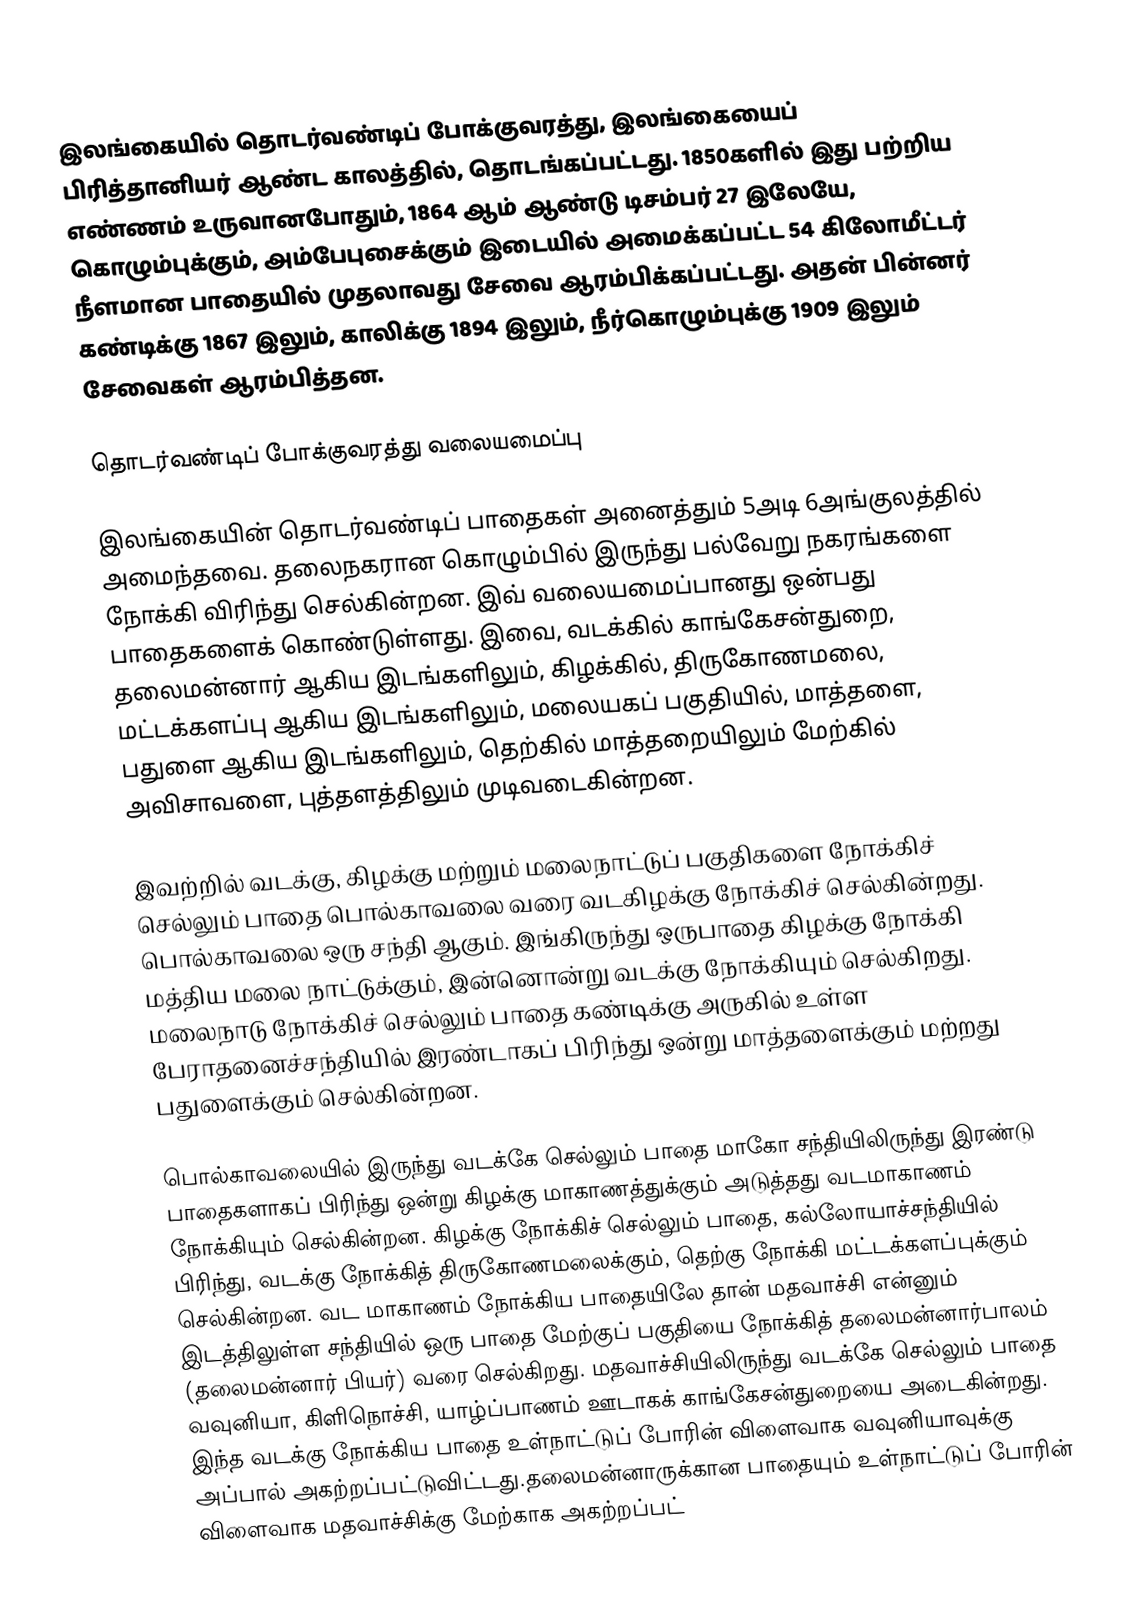
இலங்கையில் தொடர்வண்டிப் போக்குவரத்து, இலங்கையைப் பிரித்தானியர் ஆண்ட காலத்தில், தொடங்கப்பட்டது. 1850களில் இது பற்றிய எண்ணம் உருவானபோதும், 1864 ஆம் ஆண்டு டிசம்பர் 27 இலேயே, கொழும்புக்கும், அம்பேபுசைக்கும் இடையில் அமைக்கப்பட்ட 54 கிலோமீட்டர் நீளமான பாதையில் முதலாவது சேவை ஆரம்பிக்கப்பட்டது. அதன் பின்னர் கண்டிக்கு 1867 இலும், காலிக்கு 1894 இலும், நீர்கொழும்புக்கு 1909 இலும் சேவைகள் ஆரம்பித்தன.

தொடர்வண்டிப் போக்குவரத்து வலையமைப்பு

இலங்கையின் தொடர்வண்டிப் பாதைகள் அனைத்தும் 5அடி 6அங்குலத்தில் அமைந்தவை. தலைநகரான கொழும்பில் இருந்து பல்வேறு நகரங்களை நோக்கி விரிந்து செல்கின்றன. இவ் வலையமைப்பானது ஒன்பது பாதைகளைக் கொண்டுள்ளது. இவை, வடக்கில் காங்கேசன்துறை, தலைமன்னார் ஆகிய இடங்களிலும், கிழக்கில், திருகோணமலை, மட்டக்களப்பு ஆகிய இடங்களிலும், மலையகப் பகுதியில், மாத்தளை, பதுளை ஆகிய இடங்களிலும், தெற்கில் மாத்தறையிலும் மேற்கில் அவிசாவளை, புத்தளத்திலும் முடிவடைகின்றன.

இவற்றில் வடக்கு, கிழக்கு மற்றும் மலைநாட்டுப் பகுதிகளை நோக்கிச் செல்லும் பாதை பொல்காவலை வரை வடகிழக்கு நோக்கிச் செல்கின்றது. பொல்காவலை ஒரு சந்தி ஆகும். இங்கிருந்து ஒருபாதை கிழக்கு நோக்கி மத்திய மலை நாட்டுக்கும், இன்னொன்று வடக்கு நோக்கியும் செல்கிறது. மலைநாடு நோக்கிச் செல்லும் பாதை கண்டிக்கு அருகில் உள்ள பேராதனைச்சந்தியில்  இரண்டாகப் பிரிந்து ஒன்று மாத்தளைக்கும் மற்றது பதுளைக்கும் செல்கின்றன.

பொல்காவலையில் இருந்து வடக்கே செல்லும் பாதை மாகோ சந்தியிலிருந்து இரண்டு பாதைகளாகப் பிரிந்து ஒன்று கிழக்கு மாகாணத்துக்கும் அடுத்தது வடமாகாணம் நோக்கியும் செல்கின்றன. கிழக்கு நோக்கிச் செல்லும் பாதை, கல்லோயாச்சந்தியில் பிரிந்து, வடக்கு நோக்கித் திருகோணமலைக்கும், தெற்கு நோக்கி மட்டக்களப்புக்கும் செல்கின்றன. வட மாகாணம் நோக்கிய பாதையிலே தான் மதவாச்சி என்னும் இடத்திலுள்ள சந்தியில் ஒரு பாதை மேற்குப் பகுதியை நோக்கித் தலைமன்னார்பாலம் (தலைமன்னார் பியர்) வரை செல்கிறது. மதவாச்சியிலிருந்து வடக்கே செல்லும் பாதை வவுனியா, கிளிநொச்சி, யாழ்ப்பாணம் ஊடாகக் காங்கேசன்துறையை அடைகின்றது. இந்த வடக்கு நோக்கிய பாதை உள்நாட்டுப் போரின் விளைவாக வவுனியாவுக்கு அப்பால் அகற்றப்பட்டுவிட்டது.தலைமன்னாருக்கான பாதையும் உள்நாட்டுப் போரின் விளைவாக மதவாச்சிக்கு மேற்காக அகற்றப்பட்